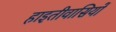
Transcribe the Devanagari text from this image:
हाइतीवासियों